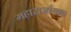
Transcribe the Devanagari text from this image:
महाराजांचाच